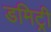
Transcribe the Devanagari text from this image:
डमिट्री